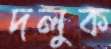
দলুক